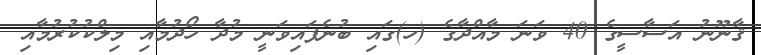
ޤާނޫނު އަސާސީގެ 40 ވަނަ މާއްދާގެ (ހ)ގައި ބުނެފައިވަނީ މުދާ ހޯދުމާއި މިލްކުކުރުމާއި